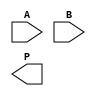
module wallace_tree_multiplier #(parameter N = 4) (
    input  wire [N-1:0] A,
    input  wire [N-1:0] B,
    output wire [2*N-1:0] P
);

    // Generate partial products
    wire [N-1:0] pp [N-1:0]; // Partial products
    genvar i, j;
    generate
        for (i = 0; i < N; i = i + 1) begin : partial_product_gen
            assign pp[i] = A & {N{B[i]}};
        end
    endgenerate

    // Stage 1: Reduce partial products using Wallace tree
    wire [N-1:0] sum1 [N-1:0]; // Sums from stage 1
    wire [N-1:0] carry1 [N-1:0]; // Carries from stage 1
    wire [N-1:0] sum2 [N-1:0]; // Sums from stage 2
    wire [N-1:0] carry2 [N-1:0]; // Carries from stage 2

    // Full adder and half adder for stage 1
    generate
        for (i = 0; i < N; i = i + 1) begin : stage1
            if (i % 3 == 0) begin
                assign {carry1[i], sum1[i]} = pp[i] + pp[i+1] + pp[i+2];
            end else if (i % 3 == 1) begin
                assign {carry1[i], sum1[i]} = pp[i] + pp[i+1];
            end else begin
                assign sum1[i] = pp[i]; // Pass through
                assign carry1[i] = 0; // No carry
            end
        end
    endgenerate

    // Stage 2: Reduce again
    generate
        for (i = 0; i < N; i = i + 1) begin : stage2
            if (i % 2 == 0) begin
                assign {carry2[i], sum2[i]} = sum1[i] + sum1[i+1] + carry1[i];
            end else begin
                assign sum2[i] = sum1[i]; // Pass through
                assign carry2[i] = carry1[i]; // Pass through
            end
        end
    endgenerate

    // Final addition
    wire [2*N-1:0] final_sum;
    wire [2*N-1:0] final_carry;
    
    assign final_sum = {carry2[N-1], sum2[N-1]} + {carry2[N-2], sum2[N-2]};
    
    // Result assignment
    assign P = final_sum;

endmodule